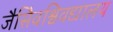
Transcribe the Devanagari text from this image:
जैसेिवश्विवद्यालय